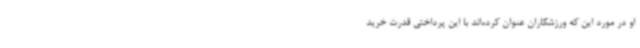
او در مورد این که ورزشکاران عنوان کرده‌اند با این پرداختی قدرت خرید